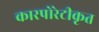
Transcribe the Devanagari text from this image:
कारपोरेटीकृत